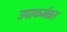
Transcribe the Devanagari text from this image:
उपाकर्मव्रत